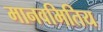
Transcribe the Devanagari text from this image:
मानवमितिय